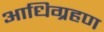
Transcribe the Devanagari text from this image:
आधिग्रहण